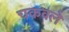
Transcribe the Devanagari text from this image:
चकवले